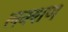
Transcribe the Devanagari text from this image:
लक्शण